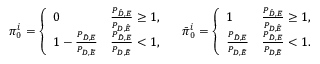
\pi _ { 0 } ^ { i } = \left\{ \begin{array} { l l } { 0 } & { \frac { P _ { \bar { { \cal { D } } } , { \cal { E } } } } { P _ { { \cal { D } } , \bar { { \cal { E } } } } } \geq 1 , } \\ { 1 - \frac { P _ { \bar { { \cal { D } } } , { \cal { E } } } } { P _ { { \cal { D } } , \bar { { \cal { E } } } } } } & { \frac { P _ { \bar { { \cal { D } } } , { \cal { E } } } } { P _ { { \cal { D } } , \bar { { \cal { E } } } } } < 1 , } \end{array} \right. \quad \bar { \pi } _ { 0 } ^ { i } = \left\{ \begin{array} { l l } { 1 } & { \frac { P _ { \bar { { \cal { D } } } , { \cal { E } } } } { P _ { { \cal { D } } , \bar { { \cal { E } } } } } \geq 1 , } \\ { \frac { P _ { \bar { { \cal { D } } } , { \cal { E } } } } { P _ { { \cal { D } } , \bar { { \cal { E } } } } } } & { \frac { P _ { \bar { { \cal { D } } } , { \cal { E } } } } { P _ { { \cal { D } } , \bar { { \cal { E } } } } } < 1 . } \end{array} \right.